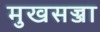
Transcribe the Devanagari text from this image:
मुखसज्जा